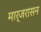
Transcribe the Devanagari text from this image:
मार्जरासन